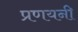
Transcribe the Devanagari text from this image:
प्रणयनी